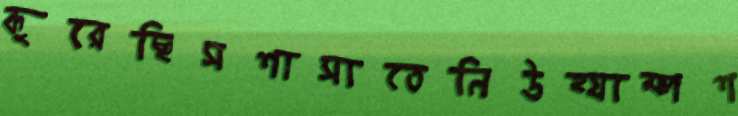
কুরেছিসশাসাতেনিউহ্যাম্পশ